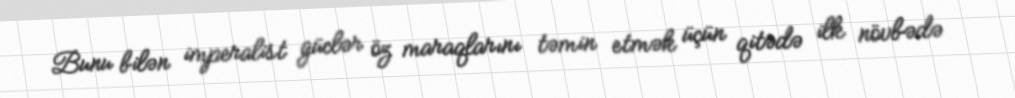
Bunu bilən imperalist güclər öz maraqlarını təmin etmək üçün qitədə ilk növbədə